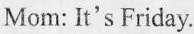
Mom: It's Friday.